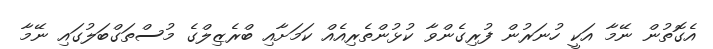
އެގޮތުން ނޭމާ އަކީ ހުނަރުން ފުރިގެންވާ ކުޅުންތެރިއެއް ކަމަށާއި ބްރެޒިލްގެ މުސްތަގްބަލުގައި ނޭމާ